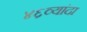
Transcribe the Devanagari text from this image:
४६व्यांदा